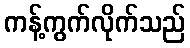
ကန့်ကွက်လိုက်သည်